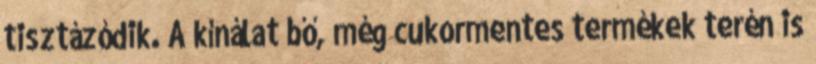
tisztázódik. A kínálat bő, még cukormentes termékek terén is